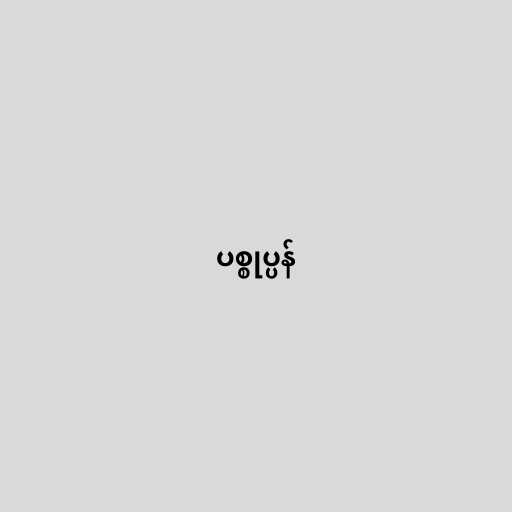
ပစ္စုပ္ပန်